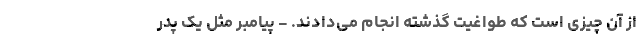
از آن چیزی است که طواغیت گذشته انجام می‌دادند. - پیامبر مثل یک پدر